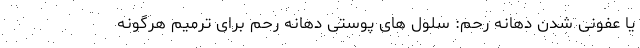
یا عفونی شدن دهانه رحم: سلول‌ های پوستی دهانه رحم برای ترمیم هرگونه